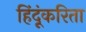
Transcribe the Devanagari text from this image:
हिंदूंकरिता